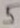
Text: 5